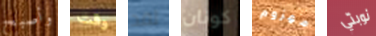
وأصبح وقت لقد كونان مهزوم نوبتي